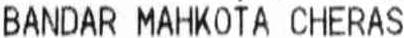
BANDAR MAHKOTA CHERAS